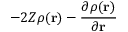
- 2 Z \rho ( \mathbf { r } ) - \frac { \partial \rho ( \mathbf { r } ) } { \partial \mathbf { r } }